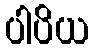
ပါပိယ